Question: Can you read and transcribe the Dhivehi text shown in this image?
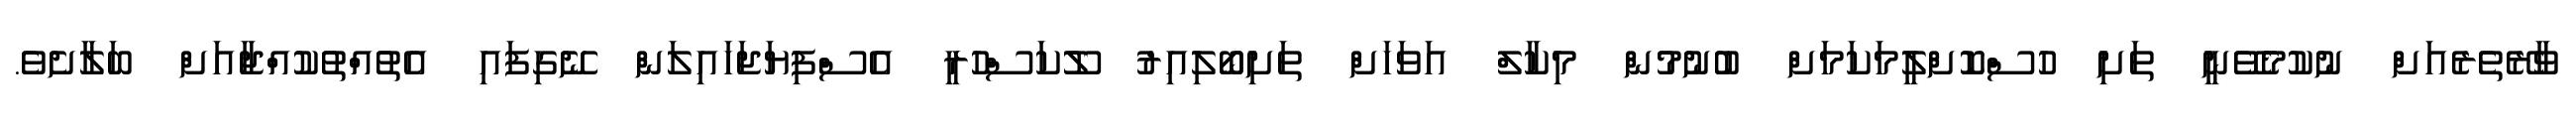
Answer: ވާރޭތެރެއަށް ނުކުމެވޭނީ ތަށި ހުސްކޮށްލީމަކަމަށް ބުނުމުން މިކާލް އަވަހަށް ތަށިބޯލިއިރު ލޫކަސްހުރީ އެސްފިޔަޖަހައިލަން ނޭގިފައި އެތުއްތުކުއްޖާއަށް ބަލާށެވެ.